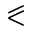
\eqslantless